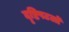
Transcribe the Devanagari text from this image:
दृष्टिपटलों